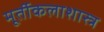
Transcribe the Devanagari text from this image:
मूर्तीकलाशास्त्र